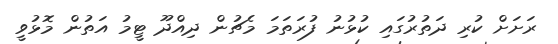
ރަށަށް ކުރި ދަތުރުގައި ކުޅުނު ފުރަތަމަ މެޗުން ދިއްދޫ ޓީމު އަތުން މޮޅުވީ